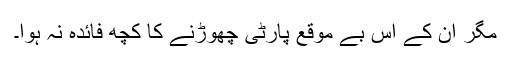
مگر ان کے اس بے موقع پارٹی چھوڑنے کا کچھ فائدہ نہ ہوا۔